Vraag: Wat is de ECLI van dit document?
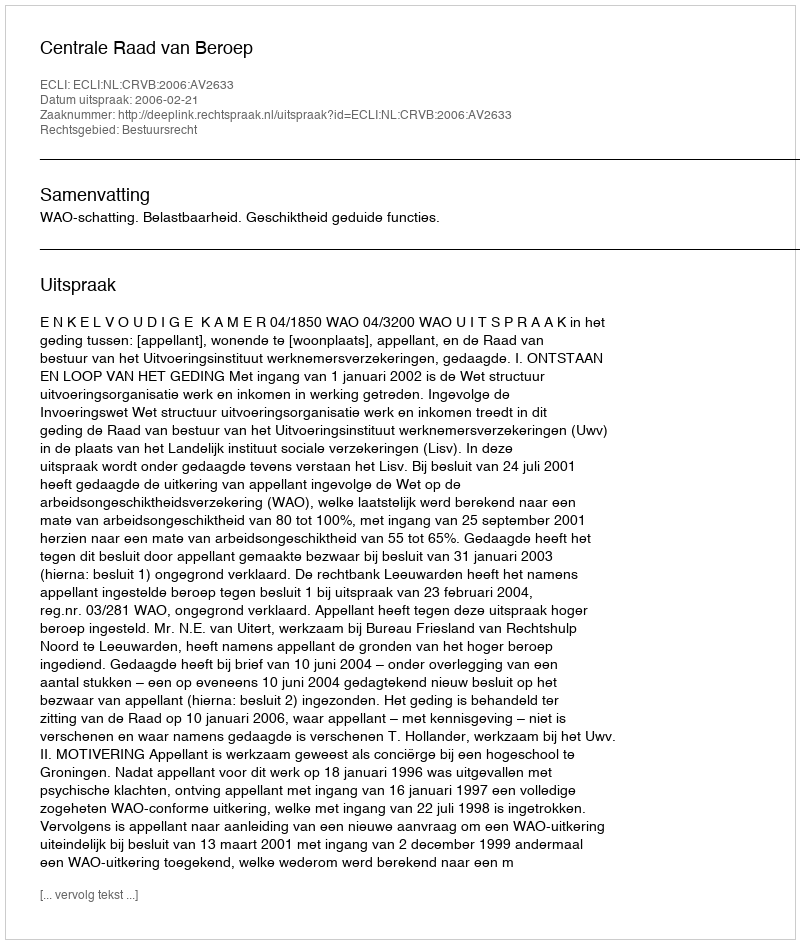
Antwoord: ECLI:NL:CRVB:2006:AV2633